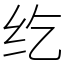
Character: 纥